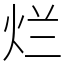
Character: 烂